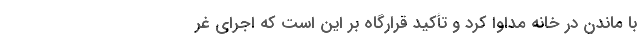
با ماندن در خانه مداوا کرد و تأکید قرارگاه بر این است که اجرای غر